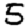
Digit: 5